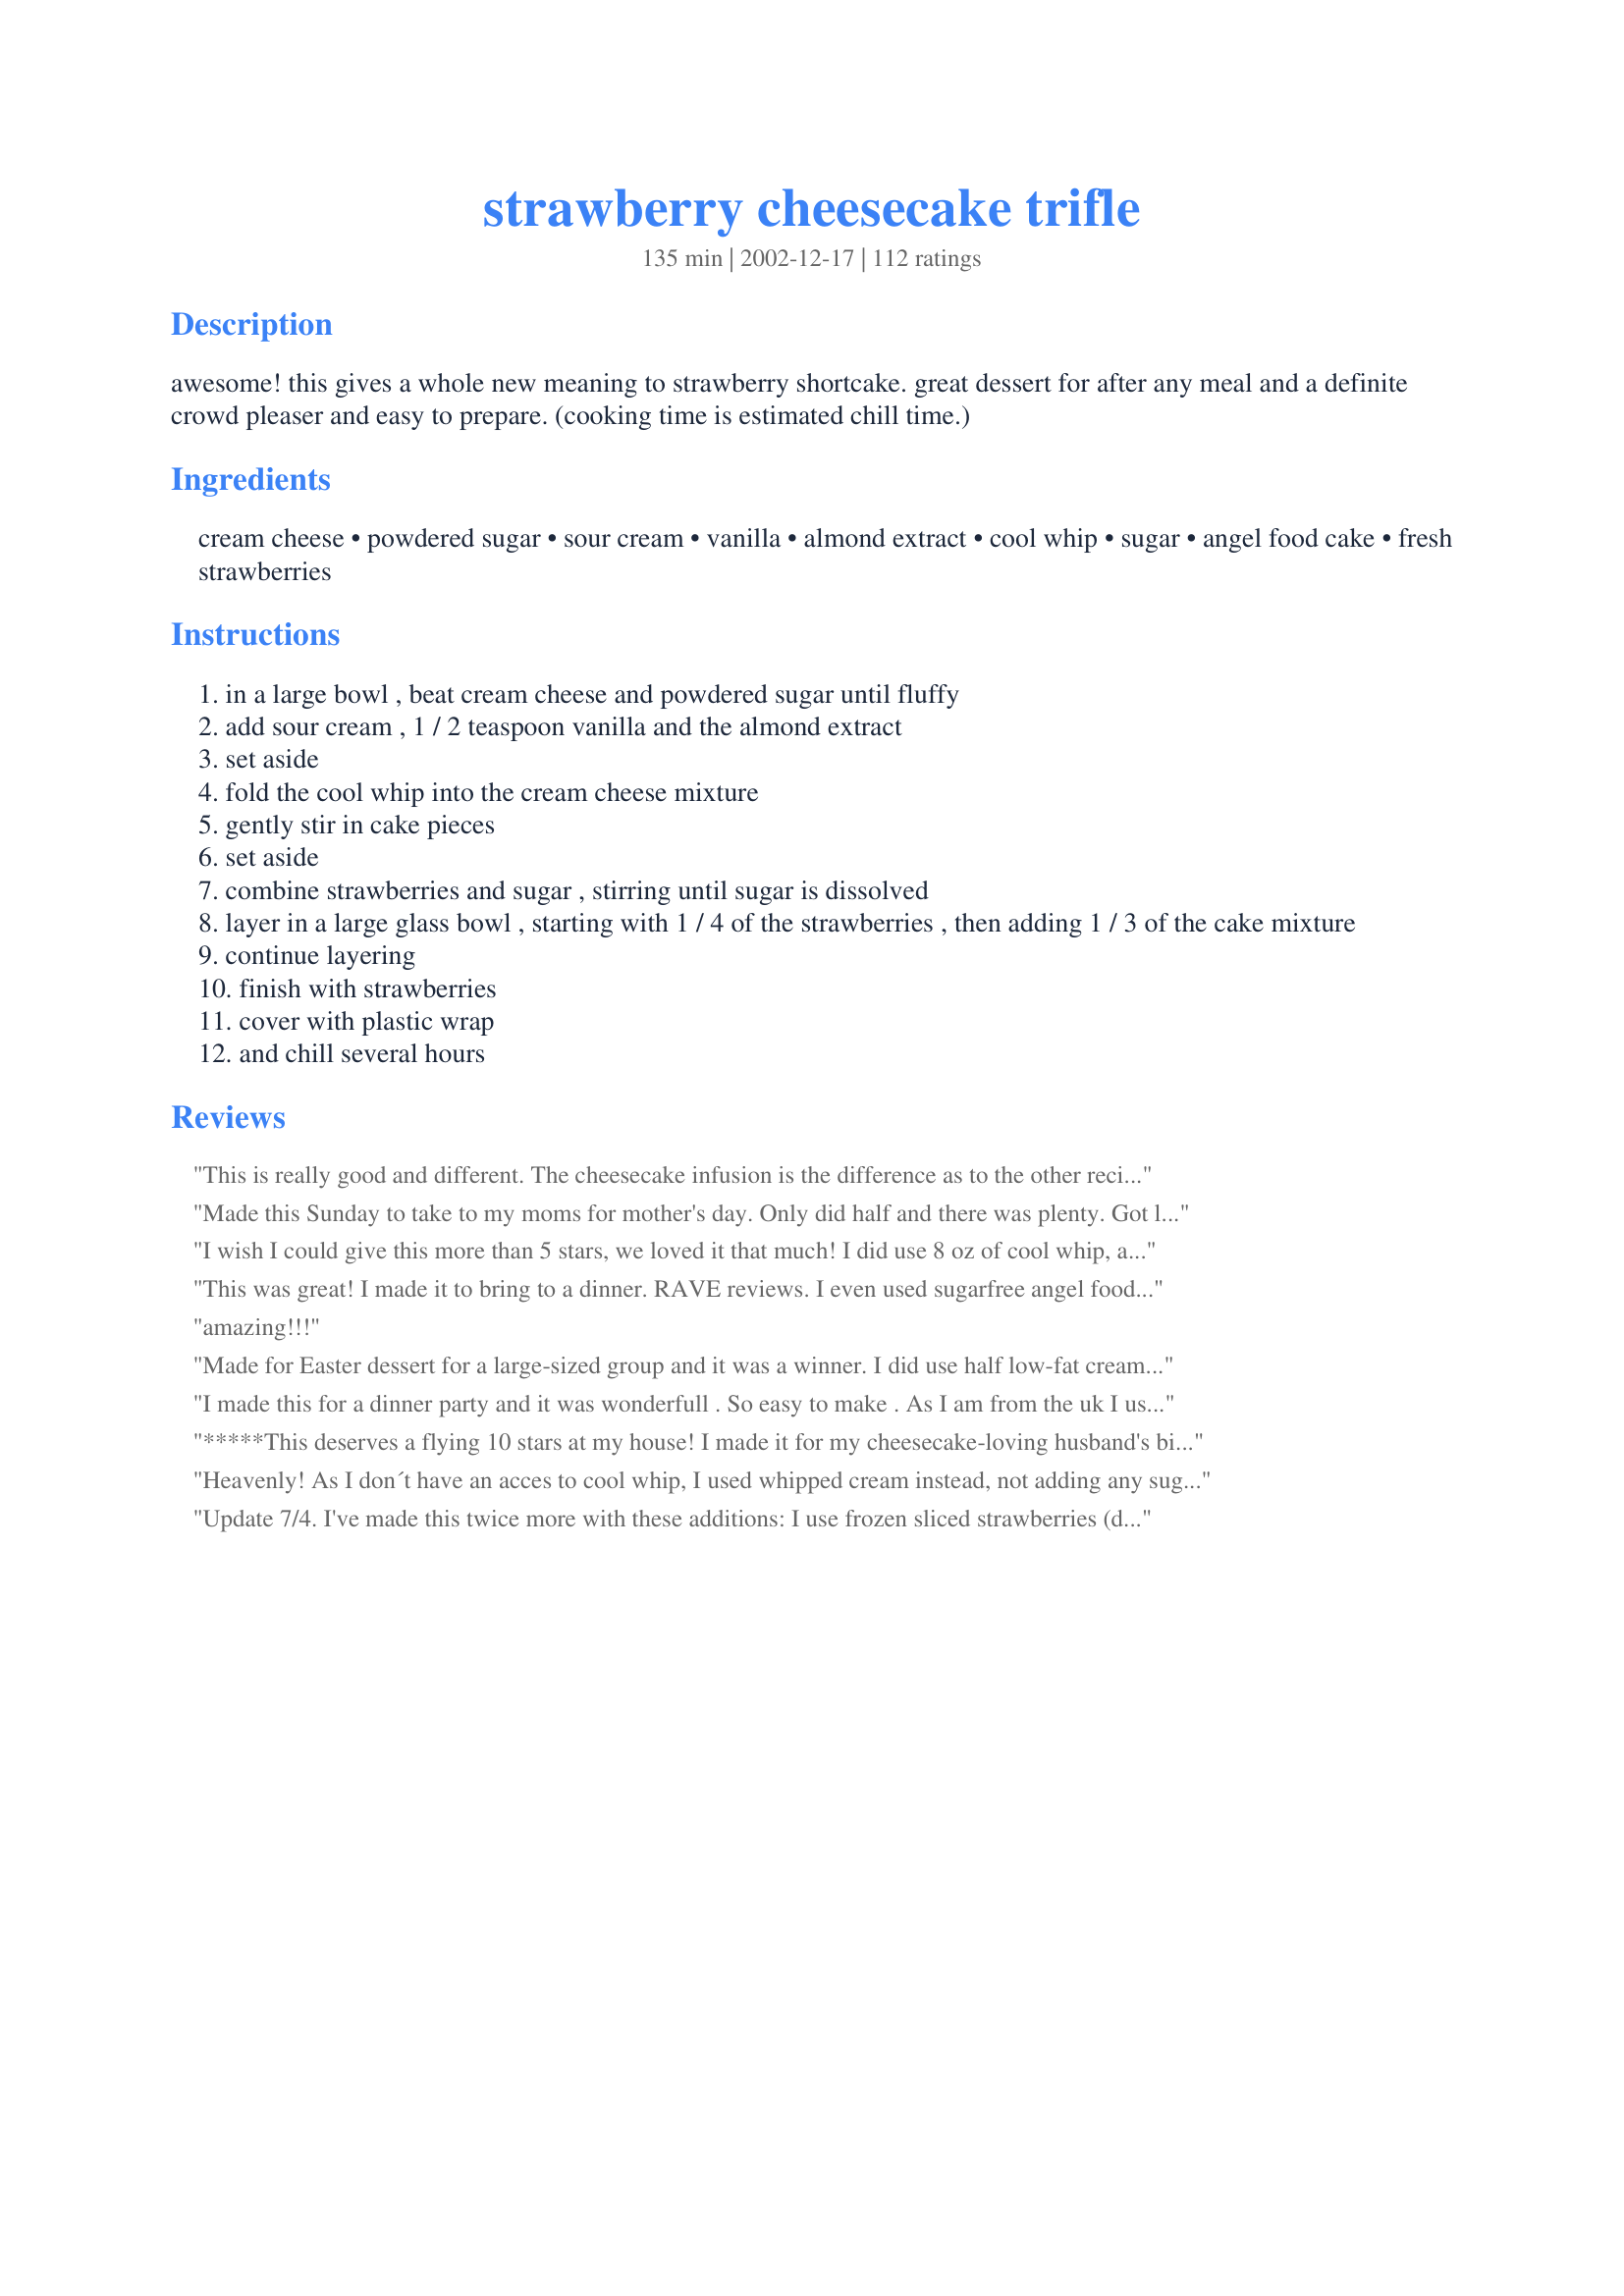
strawberry cheesecake trifle
Preparation time: 135 minutes

awesome! this gives a whole new meaning to strawberry shortcake. great dessert for after any meal and a definite crowd pleaser and easy to prepare. (cooking time is estimated chill time.)

Ingredients:
cream cheese, powdered sugar, sour cream, vanilla, almond extract, cool whip, sugar, angel food cake, fresh strawberries

Steps:
in a large bowl , beat cream cheese and powdered sugar until fluffy
add sour cream , 1 / 2 teaspoon vanilla and the almond extract
set aside
fold the cool whip into the cream cheese mixture
gently stir in cake pieces
set aside
combine strawberries and sugar , stirring until sugar is dissolved
layer in a large glass bowl , starting with 1 / 4 of the strawberries , then adding 1 / 3 of the cake mixture
continue layering
finish with strawberries
cover with plastic wrap
and chill several hours

Reviews:
This is really good and different. The cheesecake infusion is the difference as to the other recipes I have tried, what a wonderful change!
Thankyou Anita
Made this Sunday to take to my moms for mother's day. Only did half and there was plenty. Got lots of complements. I'm sure I'll make again. Thanks
I wish I could give this more than 5 stars, we loved it that much! I did use 8 oz of cool whip, and also started by layering with the cake layer first, as one person suggested. It was so easy to make, and even easier to eat. Everyone loved it, and I will be making this all summer, thanks so much!
This was great! I made it to bring to a dinner. RAVE reviews. I even used sugarfree angel food, lowfat cram cheese and sugar free cool whip. Turned out delicious! Thanks for posting!
amazing!!!
Made for Easter dessert for a large-sized group and it was a winner. I did use half low-fat cream cheese, low fat Cool Whip and low fat sour cream...and non of the fat was missed. Also, to make ahead, I cut up and sweetened the strawberries the day before and since they released water overnight, poured that off. I made the cream cheese mixture but did not add the cake until a few hours before serving. Very tasty!
I made this for a dinner party and it was wonderfull . So easy to make . As I am from the uk I used whipping cream instead of the cool whip and worked well. I will make this again for sure
*****This deserves a flying 10 stars at my house! I made it for my cheesecake-loving husband's birthday and he mmmmm'd through 2 huge helpings. I lowered the calories and fat by using fat-free cream cheese, 1.5 cups powdered sugar, fat-free sour cream and Cool Whip Free. I also added just 2 teaspoons of Splenda to the berries. The tip to start layering with the cake mixture was a good one. What a beautiful presentation in a large glass bowl. Thank you!
Heavenly! As I don´t have an acces to cool whip, I used whipped cream instead, not adding any sugar and it all turned absulutely divine! I was wondering if it wouldn´t be too sweet with Cool Whip, and I do have a sweet tooth.
The almond extract was a delicate addition, but not absolutely necessary, the strawberries are so flavorfull in themselves.
Update 7/4. I've made this twice more with these additions: I use frozen sliced strawberries (defrosted) for 1 layer, another layer using 1 large can of peaches (drained) another layer using 2 large bananas sliced and I use one whole tub of coolwhip some of which I save to cover the top and then garnish with whole strawberries all around the edge.

I will definately be making this again!! Delicious! I'm thinking next time I might even add peaches because the taste of it reminded me of an italian rum cake. The bakery nearby makes their cake with strawberry and peaches so I might try adding peaches next time and more rum extract. Thanks Anita!
Yummy! Everyone enjoyed. Does get soggy quickly, so don't make sooner than the night before.
mmm, very delicious and it looked very nice. I served this for a christmas potluck dinner and it went great. Right before serving, I topped it with whipped cream and garnished with mint leaves. Thanks!
I subbed blueberries for 1/4 of the strawberries for Memorial Day - red, white and blue! Everyone really enjoyed the dessert. I also increased the cool whip to 8 ounces as mentioned by someone else. YUM!! Not really enough for 24 servings; we had 12 and not much left over.
This was really easy and really tasty. The only thing that I will change is to keep the strawberries covered in sugar a little longer as the fruits I had were rather hard. But then you have to watch out so they don't get too much juice out.
This was fabulous! I added the entire tub of Cool Whip, just to stretch things out and it got rave reviews from everyone! No way will it serve 24 people....well, at least 24 sane people, because you're crazy if you don't want a bigger helping!
Absolutely deish! I used lite cool ship and 1/3 fat cream cheese and it was super yuymmy - Looked very pretty too!
Awsom recipe I love it...
I made this for our Fourth of July dessert, and added blueberries (layered above the strawberries) to make it red, white and blue. We halved the recipe, for our family of 5, and we only had a little bit left as we all had seconds! It was delicious!! I made a few changes based on recommendations....for a full recipe plan at least 10 oz of cool whip and for sugar I think you could use 1 1/2 cups powd'd sugar, and splenda instead of sugar...the taste was still amazing. I didnt put the cake in the cream cheese mixture, just layered it seperately...I was worried about texture, but dont think i needed to be. The wee bit that was left was still fine, and just as yummy, the next day. For us, a full recipe would serve about 12-15...believe me, people will want enough of this dessert so don't count on serving 24. Wonderful recipe, I can't wait to share it with others!
I was glad I left out a small bowl of this dessert before I took it to our mother daughter banquet. By the time I got through the dessert line, it was GONE. People loved it!!!
I am already asked to bring it to the Memorial day picnic. Such a great recipe.
OMG just like the strawberry shortcake that I made for my daughters baby shower this trifle was a HIT!! RecipeZaars made my daughters baby shower a success with all these amazing desserts. There were raves all over about a few cake that I made and this was one of them. I can't begin to tell you all the great compliments I got or I'd take up this whole page with my review. But I will say this, the weekend following my daughters baby shower, my sisters asked me to make this cake + the strawberry shortcake for our family gathering. Its not often you run into a dessert that you KNOW will be a hit every time, but this is one of them.
Thank You, Thank You so so much for this dessert.
Fabulous! Easy and wonderful! Perfect dessert on a warm evening. Looking forward to playing around with the ingredients.
I served this for an Easter luncheon and it drew raves. Everyone really liked it alot. It combines the flavors of strawberry shortcake and a mild cheesecake-like taste. I would make a few changes when I make it again. I added 8ozs of cool whip this time (not a cup) and would increase it next time to get a fluffier filling. Mine was a bit dry. Maybe I had a larger cake? I also think I will start the layering next time with the cake mixture instead of the strawberries. I also don't think it serves anywhere near 24. If you need it to set out SMALL bowls. This is a definite repeat and easy to prepare. Thank you for sharing your recipe.
This is the most delicious trifle I have ever made.It now is the only trifle I make. I got this recipe out of Taste of Home and have been making it ever since. Im glad it's on this website as it's too good not to share. I have given this recipe out many many times.This has to be my most favorite desert that I make. It's even betten than chocolate cake! I'd give this recipe 100 stars if I could.
This was a HUGE hit at our Easter get-together! We used 2 angel food cakes and a HUGE box of strawberries (from Sam's Club), and still had quite a bit of cream cheese mix leftover (not that I'm complaining!). My only suggestion is to slice the cake into 1/2 inch thick pieces and assemble it the day you plan on eating it, so the cake doesn't get mealy/mushy. so, SO GOOD!
I made this over the holidays and it was a big hit! I did sweetnen the sliced strawberries with splenda, and used lite cream cheese & sour cream. It was so creamy and yummy. Will be making again soon. Thanks for sharing.
This was delicious and looked beautiful on the table too! I followed the recipe exactly and everyone loved it. Three people asked for the recipe. If you love fresh strawberries you have to try this recipe! Thanks for sharing your recipe Anita!!
I bought a giant container of strawberries right before Easter, so I cruised recipezaar looking for a winner. Boy, did I find one! This recipe was a huge hit at Easter dinner. It went before even some of my aunt's favored traditional pies! Now if that isn't high praise, I don't know what is!
Thanks a ton for the recipe!
I made this yesterday for a candle party I was hosting, and the guests raved! The entire trifle bowl was eaten right up, everybody thought it was delicious, including myself. It tastes exactly like a light cheesecake not to sweet not to tart, it was perfect. I will definitely be making this one again. Thanks for posting.
This is phenomenal! I made this for church last night and it was the first thing to go!! Everyone loved it and the little bit that I got was delicious. I used reduced fat cream cheese, fat free sour cream and fat free cool whip and it was awesome. Thanks Anita for this fantastic recipe!
I served this for a Mother's Day/birthday supper. IT WAS A HIT!! My grandmother ate 3 huge helpings and my husband has almost devoured the whole bowl. It was delicious and a definite keeper. THANKS!!
This is the best tasting, easy, dessert I've made in a long time. I brought it to a picnic, and everyone enjoyed it - kids and adults. I made one for my boss's birthday, and brought it to work and it was devoured!! Actually, it was too good, everyone thinks I was kissing her butt!
I just came home from the Plant City, Florida, Strawberry Festival with several flats and found your recipe! This was easy to make, looks beautiful and tastes delicious! It's a winner in my book. Thank you for the GREAT recipe!
Excellent - very good Would like to try a little less sugar - but it does taste absolutely divine. I had a hard time not finishing it off
Amazing!!! I took this to Easter dinner and I barely got any. EVERYONE loved it and wanted the recipe. I made several modifications since all of us are watching our weight. I used Light Cream Cheese, and splenda instead of the powdered sugar, Lite cool whip and splenda in place of the sugar for the strawberries. I didn't have almond extract, so left that out and forgot to put the sour cream in (even though I had it). It was still delicious, but next time I'll try it with the sour cream to see how it varies. Thank you for the recipee. I'll definitley be making this over and over again for potlucks because of all the attention it got and it was guilt free with the changes.
Wow this is fabulous. I've make It 3 times, last time making it with rasberries.yummie Thanks
This was a big hit. I'll be making it again.
Delicious! I used frozen strawberries for half of the fresh strawberries and only 1-1/2 cups of powdered sugar. Everyone loved it. The bottom layer was soggy the next day (still tasty, though) but perfect the first day. I made a butter cake from a mix and used that instead of the angel food cake. I will definitely make this again!
I changed the angelfood cake with pound cake I had in the freezer. Then I doubled the recipe to get 24 servings as it did look kind of small. 18 people show for the meal and they all ate good. They flew into this like they had not eaten. I had scraped the bowl, (looks great in a large punch bowl) and filled 2 syrofoam cup to take to my daughter. Took the bowl to the back to be washed and came out, someone took both cups. This is the second time this has happened with this group. I would say it went over well.
This was such a hit at our office BBQ. I will definatley make it again!!!
Very good dessert and very pretty, too! I think next time I might try it with shortcake instead of angel food cake. Thanks!
This was really really good! I used reduced fat cream cheese, splenda, cool whip lite and sugar free angel food cake to make a lower calorie version and it turned out awesome! The angelfood cake kind of melts into the cream cheese filling which truly gives the trifle a cheesecake-like texture without all the fuss of making and baking one. We gobbled this dessert up and thoroughly enjoyed this definite make-again dessert.
Very good trifle, everyone at Christmas dinner loved it. We, however, cut the sugar down from 2 cups to 3/4 cup....that was plenty for us. Thanks for the recipe.
Great!
Wow! Thank you, Anita, for this lovely trifle recipe. A keeper for sure.
This is delicious! I had a store bought sour cream angle food cake, so I thought I would choose a recipe that included sour cream as well. Since my neighbor gave me a ton of strawberries, I decided to make another for them. We loved it and my neighbor called me to get the recipe. This is only the second trifle I have ever made and it sure turned out better than the first. Thanks for sharing! JT'sMom
Yum! I had a couple of containers of strawberries and a carry in at work so this is what I chose to make. It was delicious. I used a BC white cake mix to save time and already had. I also cut the cake and layered in a trifle bowl for presentation. I did crush the strawberries and let set overnight and layered the next morning so it would look fresh. The presentation was wonderful and the taste was outstanding. Some cream cheese thickness and fluffy whipped cream texture (made own 2 TBS sugar and 1 cup Heavy cream) just added to overall dessert. Will make again but half since it made ALOT and does not keep well.
Very good trifle! I followed the directions w/ review hints in mind. I used a whole tub of Cool Whip and spread that layer instead of stirring the cake in with the mixture. I thought it looked a bit plain when finished, so I added a few blueberries on top. It looked fantastic and the blueberries added to the wonderful flavors.
When I was making the recipe, I sampled the cheese mixture and thought it was amazing. I couldn't wait to eat it. However, by the time I served it that evening, it did not seem to age well. The yummy cream cheese flavor was taken over by a weird artificial flavor, most likely from the cool whip. My company seemed to like it. Would probably not make again though.
Boy did you make me look good tonight! This dessert is fabulous and my guests absolutely loved it (and yes, they took the recipe home with them!) I cut the recipe in half to serve a party of 8 and still have a wee bit left over to fight over tomorrow. I used the light versions of the cream cheese, sour cream and even lite Cool Whip. You can't get much easier than this. Thx Anita!
very easy to make and got rave reveiws at the party I served it at.
I second the other reviews. This recipe is delicious! It's one of my new favorites and one I will make for many years to come. I love my strawberries and this was the perfect recipe to make to bring to my nieces anniversary party. There were just crumbs left in the bowl and lots of compliments after it was eaten. Thanks Anita!
The flavour was good. I just can't get past the "soggy" cake part. Just a personal preference.
yummy.My children loved this.I made my own pound cake instead of using angel cake and it worked out really well.I did add slightly more cool whip to mix and added a layer of coolwhip to top.It looked very professional.Kept very well in fridge.Thankyou.
This was very good!..the first day, don't leave it for leftovers, the next day it's soggy. GREAT on day one!
Loved this recipe, thank you for sharing. I will make this again.
Made this for father's day, everyone loved it!
Used low fat cream cheese and lite sour cream!
This was very good. A nice rich dessert that was devoured by all. However it doesn't keep so make sure it all goes. The next day it looks like mush. But close your eyes while you eat and it still tastes great.
My guests and family raved about this. We made it dairy free, using Tofutti cream cheese and sour cream, and it still tasted lovely. I also used a mixture of fresh and frozen strawberries and a regular yellow cake (instead of angel food). Wonderful! You might want to put in time estimates for others, if you have them....
Made for an office-wide function, along with several other trifles, and this was the first to go. It seems simple, but it's a knockout recipe!
Firstly, I halved the whole recipe and it worked just fine. I used fat free cream cheese and sour cream, reduced fat cool whip, sugar free angel food cake, and omitted the almod extract. When I was making it, I couldn't keep my fingers out of the cake mix! It was sooo good! But, when it was time to eat the whole dessert... it was SO sweet that my husband and I couldn't finish our bowls. Next time I will not add the sugar to the strawberries to balance the sweetness of the cake mix.
I wanted a fancy dessert for Christmas and with strawberries at a premium here, I hoped that I had picked a great recipe. This dessert is so yummy, if I wasn't stuffed from dinner I would have eaten half of the dish myself! I made as posted except I did not add sugar to the straberries since the there is plenty of sugar in the cake/cheese mixture. Thanks for posting a recipe that I hope more cooks will try! It's a keeper!
This is such a perfect recipe for summer! I made this for a BBQ party we threw last weekend and it was a hit. Did things a bit different. I started with a layer of the cake mixture at the bottom and didn't put any sugar in the strawberries (sweet enough as is). Delicious!
Made this for my Daughter and her SO for their joint birthday celebration and it was such a hit!
I used raspberries (per request) and made a pound cake in place of the angel food cake.
This is such an easy and tasty recipe--I'll be using it often with a variety of fruits. Thanks so much for posting this!
Great summer dessert! I was a little skeptical by the looks at first, but it is quite tasty! I even made it a little lower in fat by using reduced fat cream cheese and sour cream--I thought it was wonderful! Thanks for the recipe-I'll be making this again.
Made it for a co-worker's birthday - everyone loved it! Everyone at work is watching their waistlines since the new year so I used lowfat cream cheese, light sour cream and light cool whip and I sweetened the berries with Splenda instead of sugar. Everything else I did the way the recipe called for. I made it lower fat, and it was delicious! Thanks for the recipe...I'll make again. Marti - PA
YUMMY! I made this for my husband and some friends of ours. Everyone loved it. I used a bit more strawberries then the recipe called for but that was only because I was layering them pretty heavy and needed more towards the end. Definitely a keeper!
This was a beautiful dessert! It looked very pretty and fit in my pampered chef trifle bowl perfectly. I didn't care for the texture of the cake mixed with the cheesecake mixture, though. The cake just got all crumbly and mushy and the strawberries were pretty juicy which didn't help the mushy-ness. It looked good, but I probably won't make it again due to the texture.
I used low fat versions of the cream cheese and sour cream and used some stevia to replace half of the sugar. I also had to use white cake. Even with all of these substitutions, it still turned out fantastic. My only suggestion is not to make this ahead of time. The cake can get soggy and isn&#039;t nearly as good.
Great recipe. I made mine with mixed berries. The family loved it!
This dish is to-die-for! Thanks for the great recipe!
Made this for a w/e cookout. YUMMIE I could not stop eating this. I will defiantly make this again!
What a beautiful presentation. We loved this, it not only looks great but tastes great too. My only complaint,(if any) is that the next morning it is sitting in a pool of juice, in the bowl. (not enough of a deal to lower the stars, this tastes so good.) Thank you for posting this delicious summertime treat.
Great summer trifle! I used pound cake instead of angelfood. Since I made it for 4th of July I wanted a red, white and blue look. I used strawberries, blackberries, blueberries and raspberries. Turned out fantastic. I layered cubes of pound cake, then a layer on one of the berries, then spread the cream cheese mixture over it and repeated 3 more times. Topped it with a sprinkling of blueberries and raspberries, dolloped whip cream along the edges of the trifle bowl...looked very festive and tasted great.
Incredible recipe Anita! I made it along with Recipe #12591. My family couldn't wait for me to get this out of the fridge to gobble it down! Definately a repeat recipe in this house. Thank you! Wiggie
Great summer dessert for a crowd, makes a lot. I made this for a 4th of July get-together and everyone really enjoyed it. I used fat-free cream cheese and splenda. Thanks for the great recipe Anita!
During strawberry season, we eat strawberries everyday and this was a great new recipe to use them up. It's easily halved. The angel food does kind of a get a grainy texture...maybe it was the brand I used.
This was so easy and delicious. I used low fat cream cheese, fat free greek yougurt and splenda and it still tasted wonderful. Next time I may add mini chocolate chips.
Tasty, quick and easy! I made this for Easter brunch and had many compliments and recipe requests. I used frozen berries and was not disappointed with the results (though I am looking forward to making this again in the summer with fresh berries). Thanks for sharing, this is certainly a keeper:-)
Simply to die for!
good recipe, and easy to make.
Just made this for a Father's Day dinner and it's to 'die for'!!!!! Instead of vanilla and almond extract used Amaretto liquore! Did not have angel food cake so cut up squares of pound cake! Also used fresh whipped cream! Thanks Anita for a great recipe!
Yummy! I made this yesterday for a baby shower and it is gone, gone, gone.
This is awesome! I've given out the recipe to about 5 people so far who tasted it! It's creamy, refreshing, light and delicious and looks so pretty in the trifle bowl! I can't get over how creamy the sour cream, cream cheese and cool whip are together and with the chunks of angel food cake and strawberries - it's pure heaven!! I made it exactly as the recipe says except for adding an 8 ounce container of Cool Whip rather than 1 cup (which since 1 cup is also 8 ounces could it be volume vs. weight - which I never did understand!) I will make this often! Thanks for sharing such an awesome recipe!!
This turned out so yummy! The filling was great. I didn't like how the strawberries turned a little mushy in the juice, so I think next time I'll just use the fresh strawberry slices without mixing them in sugar first.
This was very good and easy to make - an excellent combination! We had some delicious, fresh strawberries, which just added to the great flavor. Thanks for sharing!
Absolutely Awesome!! Could be the best dessert I have ever had. I also used splenda instead of sugar and cut the strawberries back a little and used blueberries...yummmmy!
This recipe is awesome! I used Splenda rather than sugar, some Cool Whip lite, and fat-free cream cheese for a lighter version of the dessert. Either way, it was fantastic.
Huge hit at the 2008 Christmas feast!! This is a light, delicious dessert - worthy enough to provide the finale to any meal :-)
This dessert was a huge hit...my guests cleaned the bowl out...I used spenda and sugar free angel food cake to make it sugar free...it turned out perfect.
Very delicious! I'll make this again. One of my guests asked for the recipe. I didn't have Cool Whip, so I did a last-minute substitution of vanilla ice cream. I guess it worked because the end result tasted great. Next time I'll make sure I have Cool Whip, though.
I wish I could give this recipe ten stars!!!! Absolutely loved it!! I completely skipped the sugar and mixed the cheese mixture with some leftover Jello cakes. So so so good!!! Will definitely make this again very soon!! Thanks a zillion for posting this fantastic recipe!!
This was so delicious...everyone that ate it just rolled their eyes back and sighed...I will be making this again and again...very easy to put together and makes a lovely presentation.
This was our dessert for the 4th of July picnic that we went to at a neighbors. Everyone dug in and before I knew it the bowl was empty! Good thing I took mine before everyone dug in! We really enjoyed this one, and so did the neighbors! Thanks for sharing it!
This trifle has such a beautiful presentation and an even better taste! It's like strawberry shortcake and cheesecake combined... two of my favorite things. Simple to put togheter and incredibly tasty. Thank you for sharing this delicious recipe!
WOW! This was amazing, I brought it to a cookout, and everyone raved about it, there was nothing left!! Everyone asked for the recipe, so I wrote down several copies before I left! I did not change anything about the recipe, I made it in 15 minutes, and let it chill for about 2 hours. This is a definite keeper, Thanks for posting!!
I have been making this for years and it is one of my favorites! It's quick and easy to make and although it is a bit pricey, it is a big hit with the family and with company. Make sure to layer it in a trifle bowl for show.
This was wonderful. Will definitely make it again! The flavors were great together.
Made for dessert for Thanksgiving and it was a hit with my family! Everyone enjoyed it till they couldn't eat another bite!
This dish was delicious! However, the consistency of the cream layer turned mealy, almost like it had curdled (though that wasn't possible). I think if I had it to do over, I would tear the angel food cake into big chunks instead of bite sized peices so the cake would not disapate into meal, making it only good the first day of eating.
I have made this twice for funeral luncheons...everybody loved it. I use frozen stawberries because we had many containers left fron vacation bible school. Yesterday I added a can of strawberry pie filling to the berries and added a layer of bananas. Yummy! Still have containers in freezer so will be making this again. Joanne
This was wonderful! IT was the first to go at a bridal shower. I used boxed angelfood cake mix just because i had it on hand. I didn't put sugar on the strawberries, and it was just as good! I also used a little more than 2 quarts strawberries. YUM!
I made this for my FIL's birthday and everyone loved it. I left out the 4 T of sugar in the strawberries and used at least 1 1/2 times the amount of strawberries called for. I also used 8 oz of Cool Whip instead of only one cup and found the filling a bit dry as Susie D did. (The cake was a 10 oz cake). I subbed lowfat plain yogurt for the sour cream, used about 1 3/4 cup powdered sugar, and lowfat cream cheese. I started with cake on the bottom as some others suggested. Really yummy!
This was amazing!! Everyone loved it -- I halved the recipe and also used Recipe #97130. This really is one of the best desserts I've had in quite awhile. Thank you!
Soooo Good!!! I made this for company we had over for dinner. It is a very light desert (especially after a huge meal). I also used more cool whip and omitted the almond extract as I didn't have any on hand. I do suggest that you dont make this dessert too far in advance as mine became soggy and watery on the bottom of the bowl the day after it was made. I will defiantely make this again!!!
I didn't mix the cake with the cool whip mixture and added 1 cup light whipping cream for a lighter taste and more dramtic presentation. It was awesome!
YUMYUMYUMYUM! Made this for Valentine's Day dessert and it was perfect - both in taste and presentation (I used a giant red lucite bowl from Tupperware). I layered strawberries, then cake, then cream cheese. Thought cake would get too soggy in the cream cheese mixture. In the end, I ran out of cream cheese mixture so the top layers of strawberries and cake sort of looked like 1 red and white layer -which really looked nice.
Just YUMMY!!! I had to buy a Strawberry Angel Food cake ( they were out of the plain) but that was all the better...This is a Keeper for certain :)
Wonderful dessert and so pretty.
I made this for our July 4th BBQ. Everyone raved and asked for the recipe. Thanks for posting, I can't wait to make it again and again!
This was beautiful and delicious, even made with low calorie ingredients. I used light cream cheese, light sour cream, sugar free fat angel food cake, fat free cool whip. It was great and a big hit. I used splenda for sugar. Just wish I could have found a lower calorie subsitute for the powdered sugar.
I made this for a summer barbecue with family and it was delicious! My family waited anxiously in line for a dish of this! I used blueberries in this, as they where in season here and on sale. I look forward to trying the strawberries too, as I am sure it will be just as good! May try blackberries and raspberries too.
Great recipe, family fought over the remains. I used whipping crean instead of Coolwhip. Thank you will be making this again.
